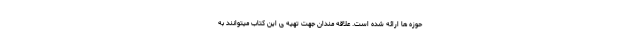
حوزه ها ارائه شده است. علاقه مندان جهت تهیه ی این کتاب میتوانند به